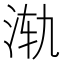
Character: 𱦈